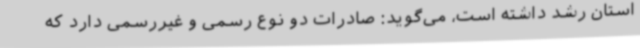
استان رشد داشته است، می‌گوید: صادرات دو نوع رسمی و غیررسمی دارد که